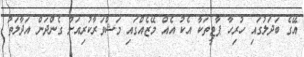
އޭގެ ބަދަލުގައި ހުރިހާ ޕާޓީތަކާ އެކު އެއް މޭޒެއްގައި މަޝްވަރާކުރިއަށް ގެންދަން އަދާލަތު